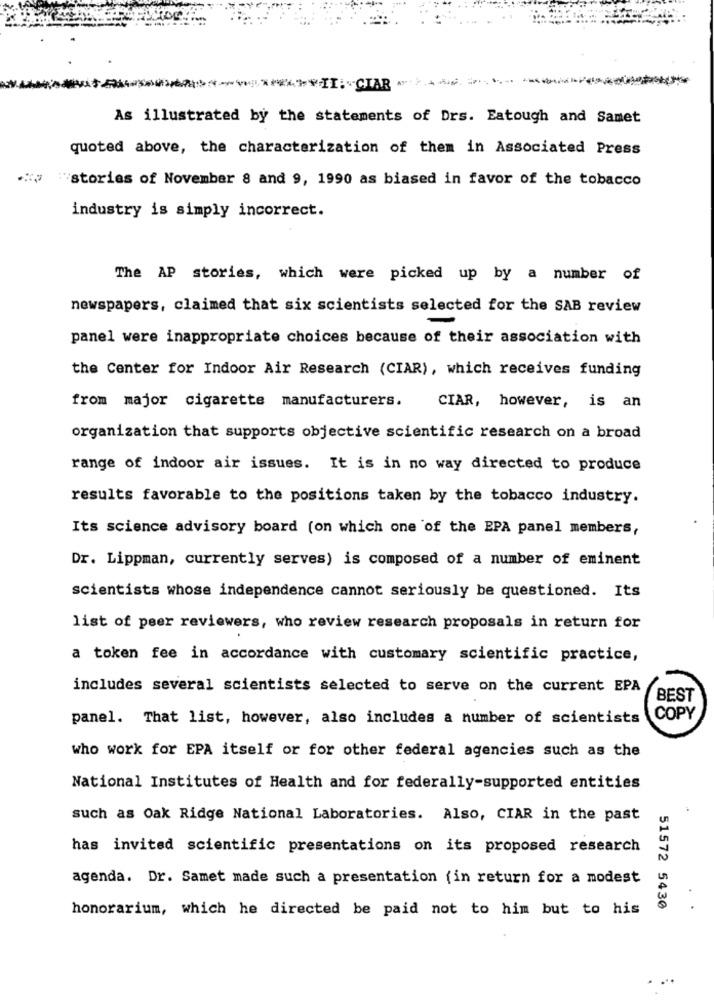
************ II: CIAR
As illustrated by the statements of Drs. Eatough and Samet
quoted above, the characterization of them in Associated Press
"stories of November 8 and 9, 1990 as biased in favor of the tobacco
industry is simply incorrect.
The AP stories, which were picked up by a number of
newspapers, claimed that six scientists selected for the SAB review
panel were inappropriate choices because of their association with
the Center for Indoor Air Research (CIAR), which receives funding
from major cigarette manufacturers.
CIAR, however, is an
organization that supports objective scientific research on a broad
range of indoor air issues. It is in no way directed to produce
results favorable to the positions taken by the tobacco industry.
Its science advisory board (on which one of the EPA panel members,
Dr. Lippman, currently serves) is composed of a number of eminent
scientists whose independence cannot seriously be questioned. Its
list of peer reviewers, who review research proposals in return for
a token fee in accordance with customary scientific practice,
includes several scientists selected to serve on the current EPA
BEST
panel. That list, however, also includes a number of scientists
COPY
who work for EPA itself or for other federal agencies such as the
National Institutes of Health and for federally-supported entities
such as Oak Ridge National Laboratories. Also, CIAR in the past
has invited scientific presentations on its proposed research
agenda. Dr. Samet made such a presentation {in return for a modest
honorarium, which he directed be paid not to him but to his
51572 5430
..